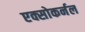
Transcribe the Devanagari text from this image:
एक्सोकर्नल